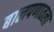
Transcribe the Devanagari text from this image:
बालपणातला